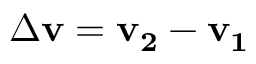
\Delta \mathbf { v } = \mathbf { v _ { 2 } } - \mathbf { v _ { 1 } }